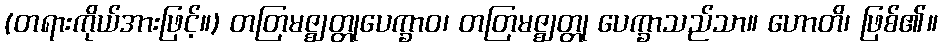
(တရားကိုယ်အားဖြင့်။) တတြမဇ္ဈတ္တုပေက္ခာဝ၊ တတြမဇ္ဈတ္တု ပေက္ခာသည်သာ။ ဟောတိ၊ ဖြစ်၏။